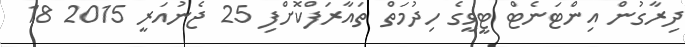
ދިރާގުން އިންޓަނެޓް ޓީވީގެ ހިދުމަތް ތައާރަފްކޮށްފި 25 ޖެނުއަރީ 2015 18